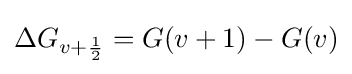
\Delta G_{v+{\frac {1}{2}}}=G(v+1)-G(v)